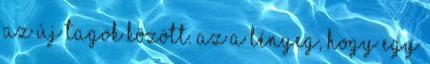
az új tagok között. Az a lényeg, hogy egy